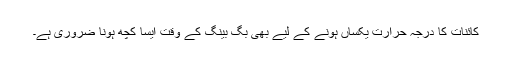
کائنات کا درجہ حرارت یکساں ہونے کے لیے بھی بگ بینگ کے وقت ایسا کچھ ہونا ضروری ہے۔